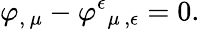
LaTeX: \varphi_{,\, \mu}-\varphi^{\epsilon}{}_{\mu\, ,\epsilon}=0.